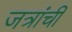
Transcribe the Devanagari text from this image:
जत्रांची